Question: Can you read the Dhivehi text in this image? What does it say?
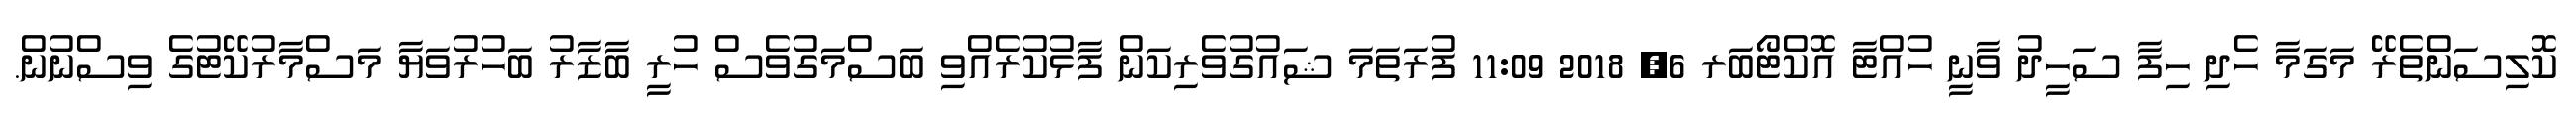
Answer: ކޮލިސަންތެރޭ މަގަމާ ހެދި ހިފާ ސަހީދު ވާނީ ހުއްޓާ އޮކްޓޯބަރ 6, 2018 11:09 ފުރަތަމަ ޝައުގުވެރިކަން ފާޅުކުރެއްވި ބަސްމަގުވެސް ހުރީ ބާޒާރު ބަހުރުވަޔާ މަސްމާރުކޭޓުގެ ވިސްނުން.